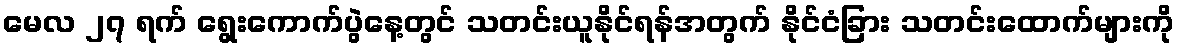
မေလ ၂၇ ရက် ရွေးကောက်ပွဲနေ့တွင် သတင်းယူနိုင်ရန်အတွက် နိုင်ငံခြား သတင်းထောက်များကို